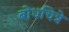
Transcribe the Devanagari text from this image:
बोधचित्रे